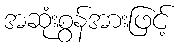
အဆုံးစွန်အားဖြင့်